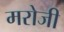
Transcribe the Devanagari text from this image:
मरोजी